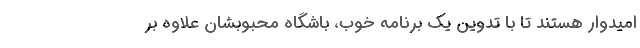
امیدوار هستند تا با تدوین یک برنامه خوب، باشگاه محبوبشان علاوه بر